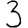
Digit: 3